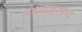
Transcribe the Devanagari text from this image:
गोबिंदराम